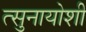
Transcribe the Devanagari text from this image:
त्सुनायोशी